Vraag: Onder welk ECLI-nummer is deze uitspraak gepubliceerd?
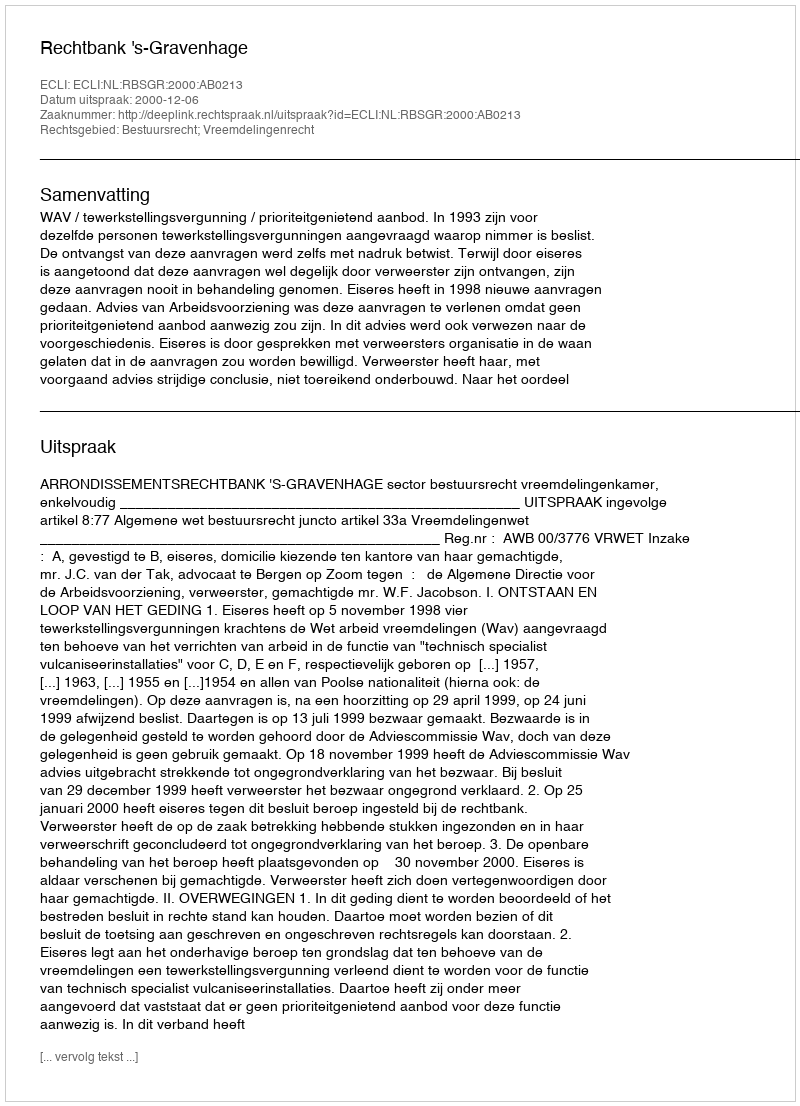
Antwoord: ECLI:NL:RBSGR:2000:AB0213